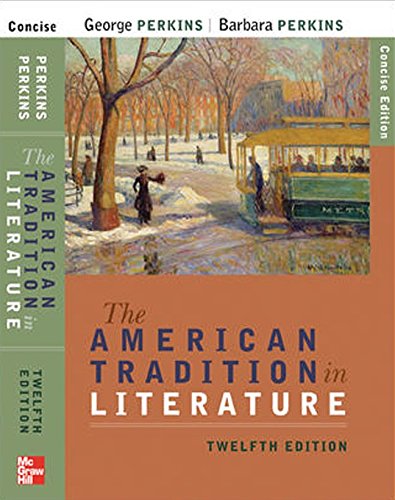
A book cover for The American Tradition in Literature, 12th Edition; George Perkins; Literature & Fiction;